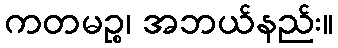
ကတမဉ္စ၊ အဘယ်နည်း။